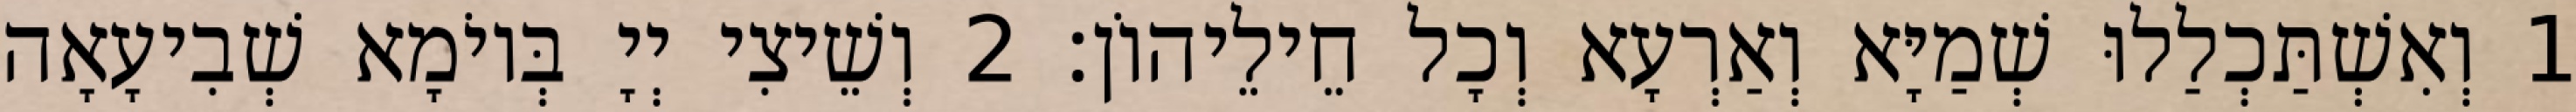
1 וְאִשְׁתַּכְלַלוּ שְׁמַיָּא וְאַרְעָא וְכָל חֵילֵיהוֹן׃ 2 וְשֵׁיצִי יְיָ בְּיוֹמָא שְׁבִיעָאָה